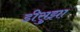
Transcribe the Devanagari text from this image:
डीसुझा